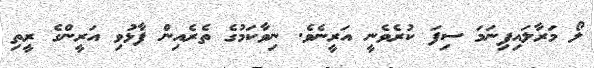
ލޯ މަރާލައިފިނަމަ ސިފަ ކުރެވެނީ އަރީނެވެ. ނިވާކަމުގެ ތެރެއިން ފާޅުވި އަރީންގެ ރީތި